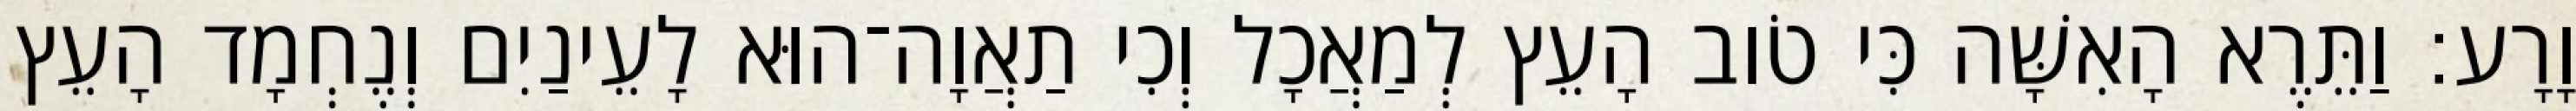
וָרָע׃ וַתֵּרֶא הָאִשָּׁה כִּי טֹוב הָעֵץ לְמַאֲכָל וְכִי תַאֲוָה־הוּא לָעֵינַיִם וְנֶחְמָד הָעֵץ